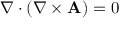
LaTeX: \nabla \cdot ( \nabla \times \mathbf { A } ) = 0